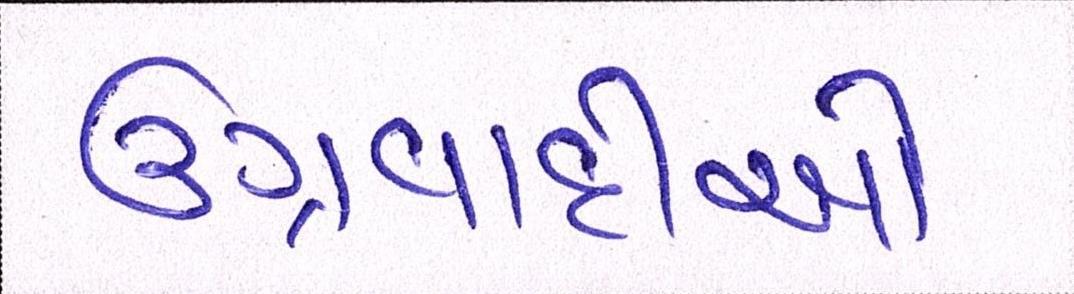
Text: ઉગ્રવાદીઓ